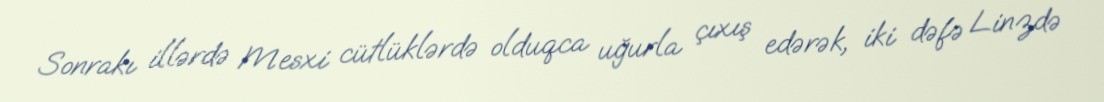
Sonrakı illərdə Mesxi cütlüklərdə olduqca uğurla çıxış edərək, iki dəfə Linzdə